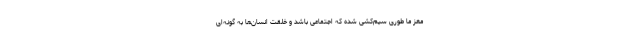
مغز ما طوری سیم‌کشی شده که اجتماعی باشد و خلقت انسان‌ها به گونه‌ای‌